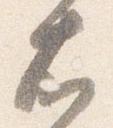
右